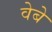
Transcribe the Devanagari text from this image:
वेबे